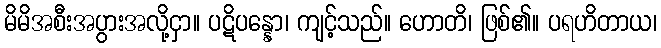
မိမိအစီးအပွားအလို့ငှာ။ ပဋိပန္နော၊ ကျင့်သည်။ ဟောတိ၊ ဖြစ်၏။ ပရဟိတာယ၊